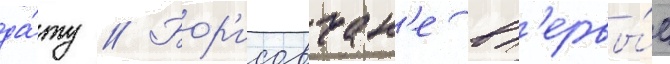
да́ту // Бор'исовчан'е вп'ервы́е